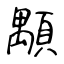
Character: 顒